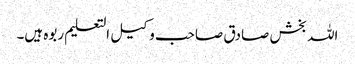
اللہ بخش صادق صاحب وکیل التعلیم ربوہ ہیں۔